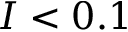
I < 0 . 1